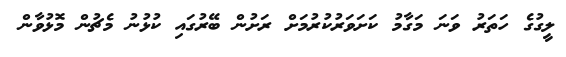
ލީގުގެ ހަތަރު ވަނަ މަގާމު ކަށަވަރުކުރުމަށް ރަށުން ބޭރުގައި ކުޅުނު މެޗުން މޮޅުވާން